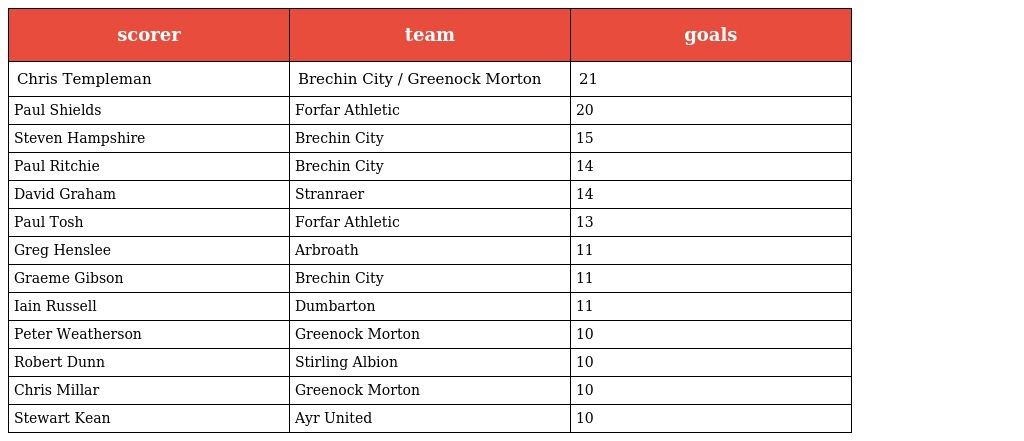
| scorer | team | goals |
 | --- | --- | --- |
 | Chris Templeman | Brechin City / Greenock Morton | 21 |
 | Paul Shields | Forfar Athletic | 20 |
 | Steven Hampshire | Brechin City | 15 |
 | Paul Ritchie | Brechin City | 14 |
 | David Graham | Stranraer | 14 |
 | Paul Tosh | Forfar Athletic | 13 |
 | Greg Henslee | Arbroath | 11 |
 | Graeme Gibson | Brechin City | 11 |
 | Iain Russell | Dumbarton | 11 |
 | Peter Weatherson | Greenock Morton | 10 |
 | Robert Dunn | Stirling Albion | 10 |
 | Chris Millar | Greenock Morton | 10 |
 | Stewart Kean | Ayr United | 10 |